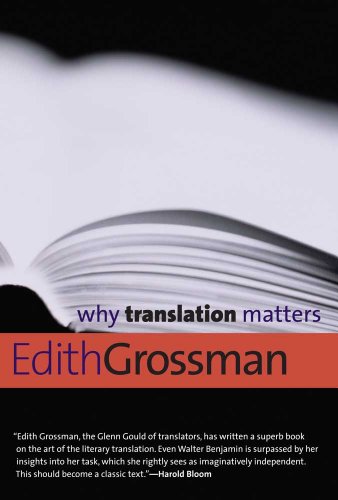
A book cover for Why Translation Matters (Why X Matters Series); Edith Grossman; Reference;